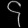
Digit: ၄